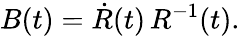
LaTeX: B(t)=\dot{R}(t)\, R^{-1}(t).